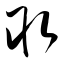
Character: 取